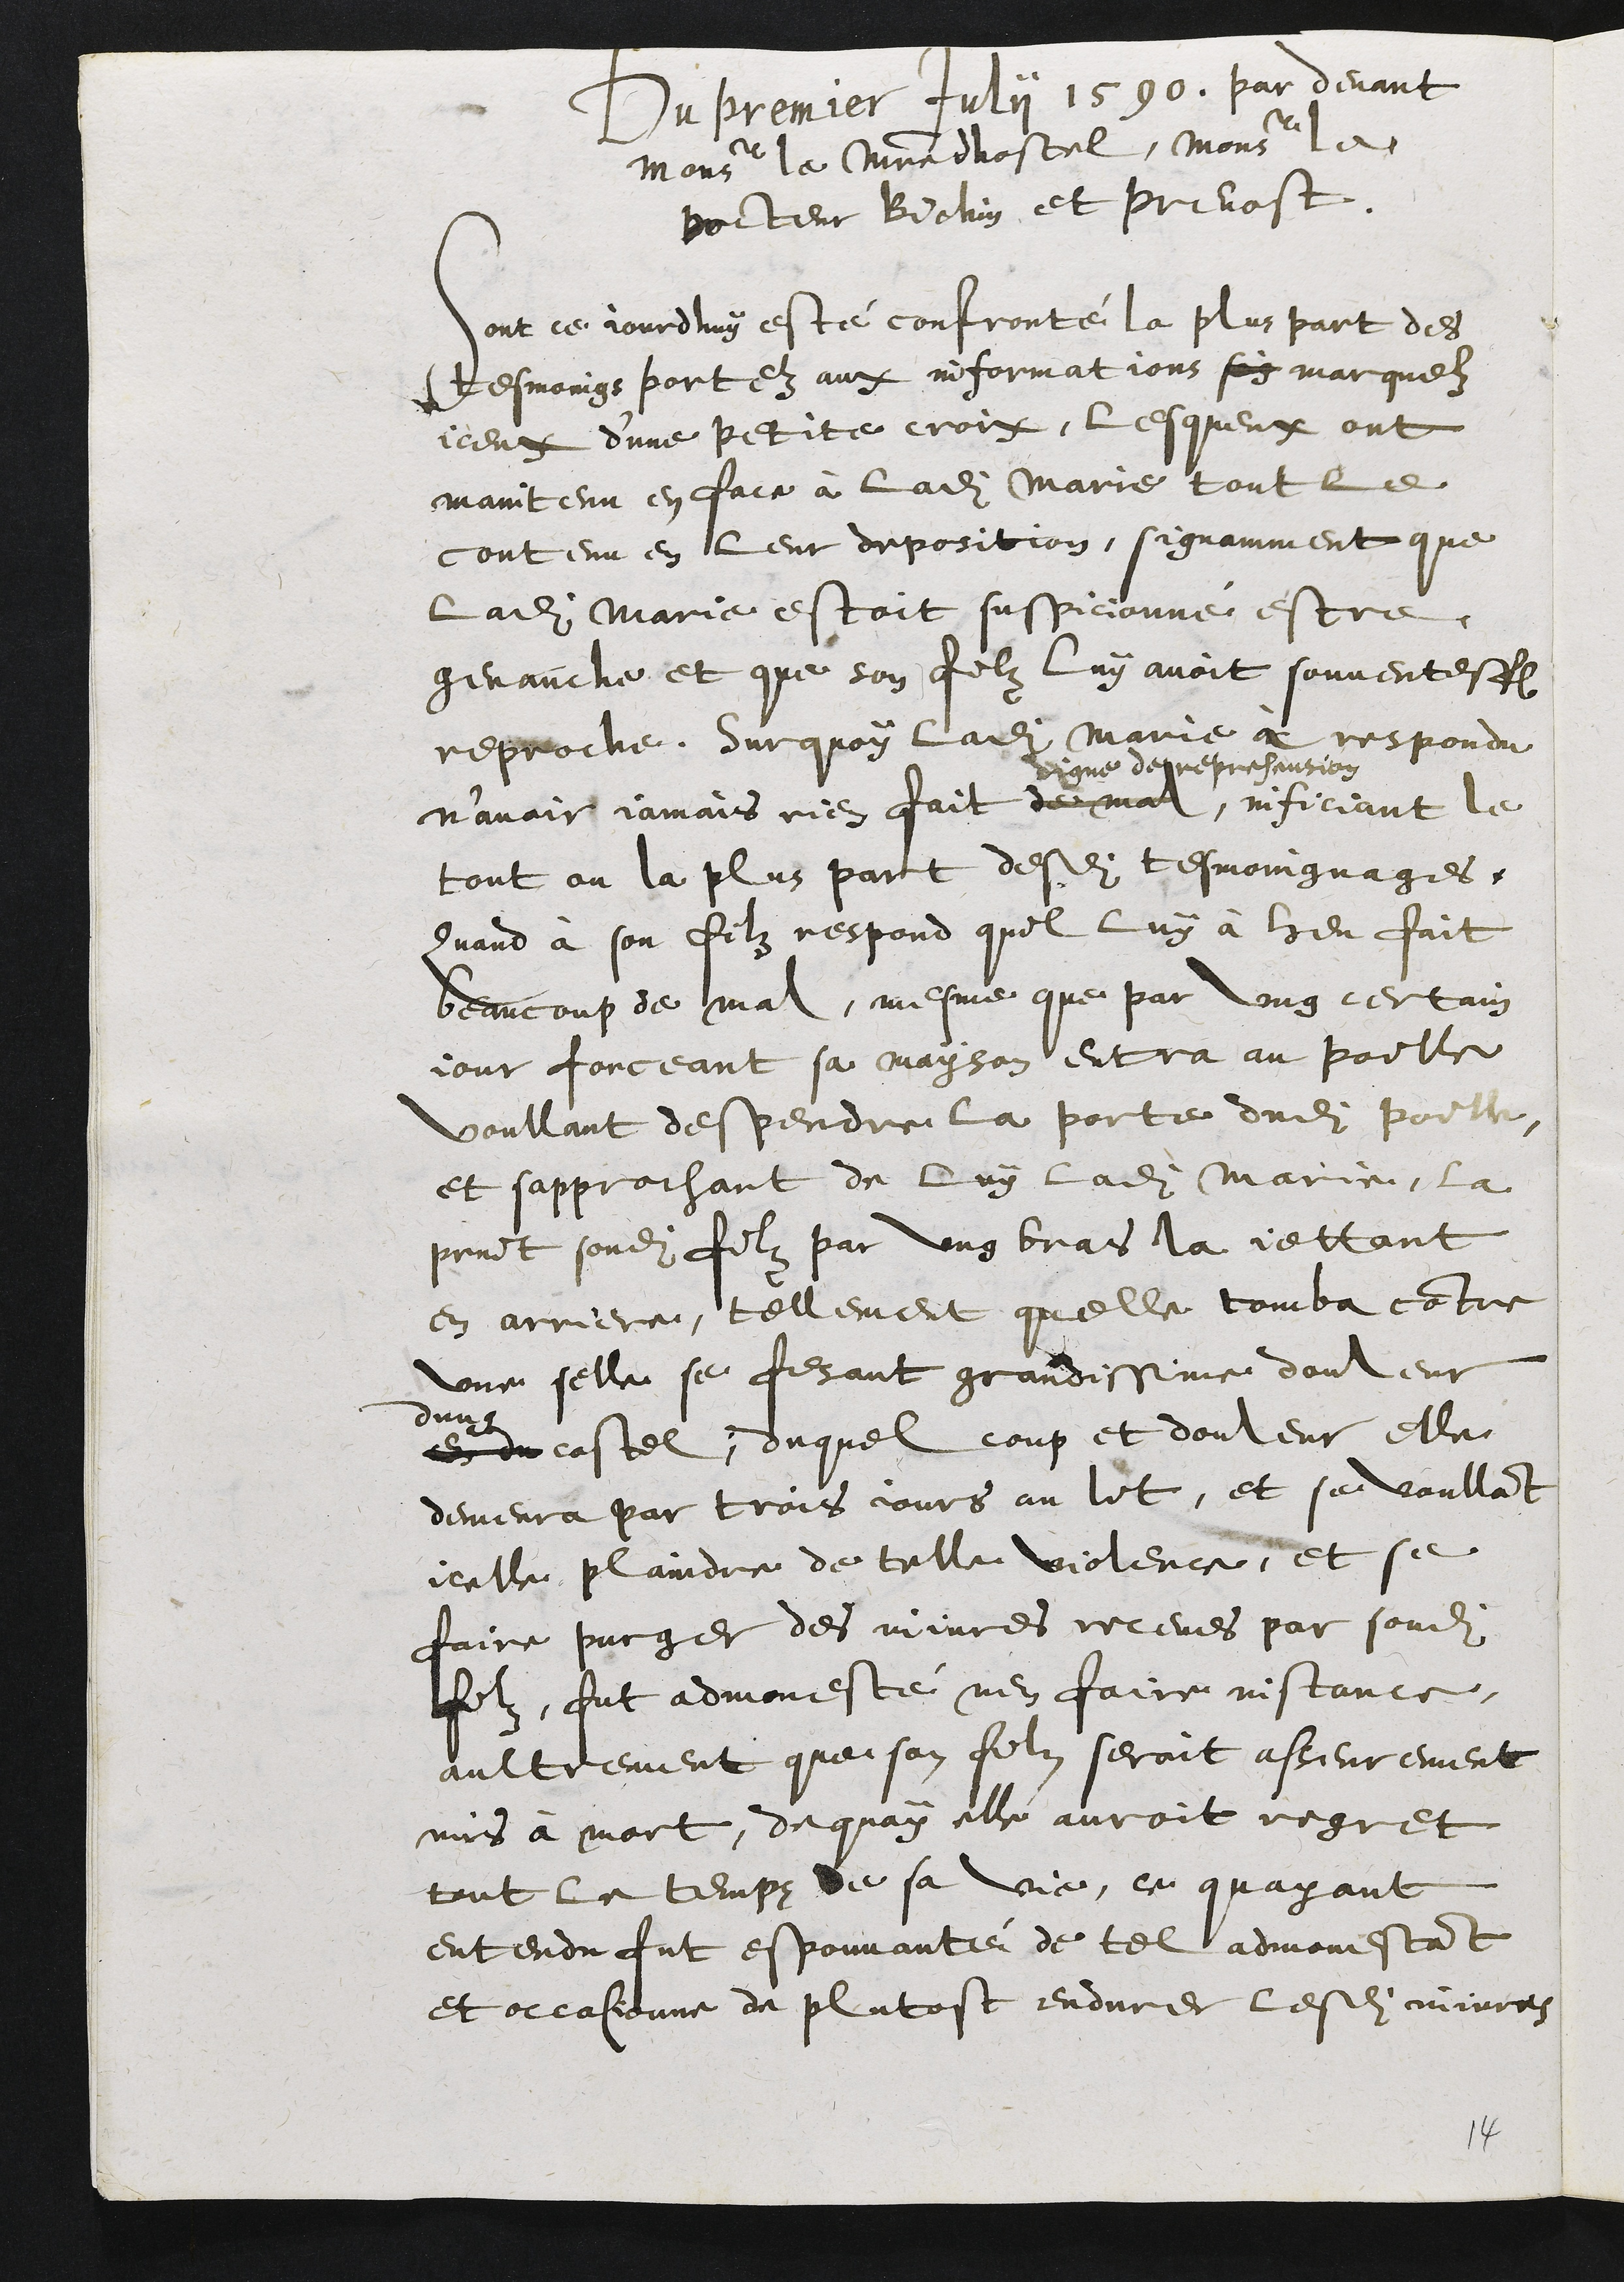
Du premier fuly 1590. par devant
Monseigeur le maistre dhostel, Monseieur le
pocteur Bichin et prevost
Dont ce jourdhuy esté confronté la plus part des
tesmoings portez aux informations soy marguelz
iceut dune petite croit, lesqueux ont
maintenu en face a ladite Marie tout le
contenu en leur deposition, signamment que
ladite Marie estoit suspicionné estre
genauche et que son filz luy avoit souventesfoi
reproche. Surquoy ladite Marie a respondu
n’avoir jamais rien fait de mal,
vigne derreprehention
inficiant le
tout ou la plus part desdites tesmoingnages
quand à son filz respond quil luy à heu fait
beaucoup de mal, mesme que par ung certain
jour forceant sa mayson entra au poille
voullant despendre la porte dudit poirle
et sapprochant de luy ladite Marie, la
print sondit filz par ung bras la jettant
en arriere, tellement quelle tomba contre
une selle se fesant grandissime douleur
dun
en du costel, duquel coup et douleur elle
demeura par trois jours au lit, et se voullant
icelle plaindre de telle violence, et se
faire purger des iivres receues par sondit
filz, fut admonesté nen faire instance,
aultrement que son filz seroit asseurement
mis à mort, dequoy elle auroit regret
tout le temps de sa vie, ce quayant
entendu fut espouvanté de tel admonestant
et occasionne de plutost endurer lesdits mivres